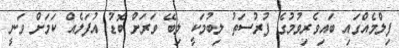
ފިލްމެއްގައި ބައިވެރިވުމުގެ ފުރުސަތު ލިބުމަކީ ލިބޭ ވަރަށް ބޮޑު އުފަލެއް ކަމަށް ވަނީ